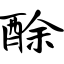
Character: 酴